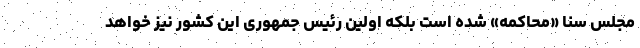
مجلس سنا «محاکمه» شده است بلکه اولین رئیس جمهوری این کشور نیز خواهد